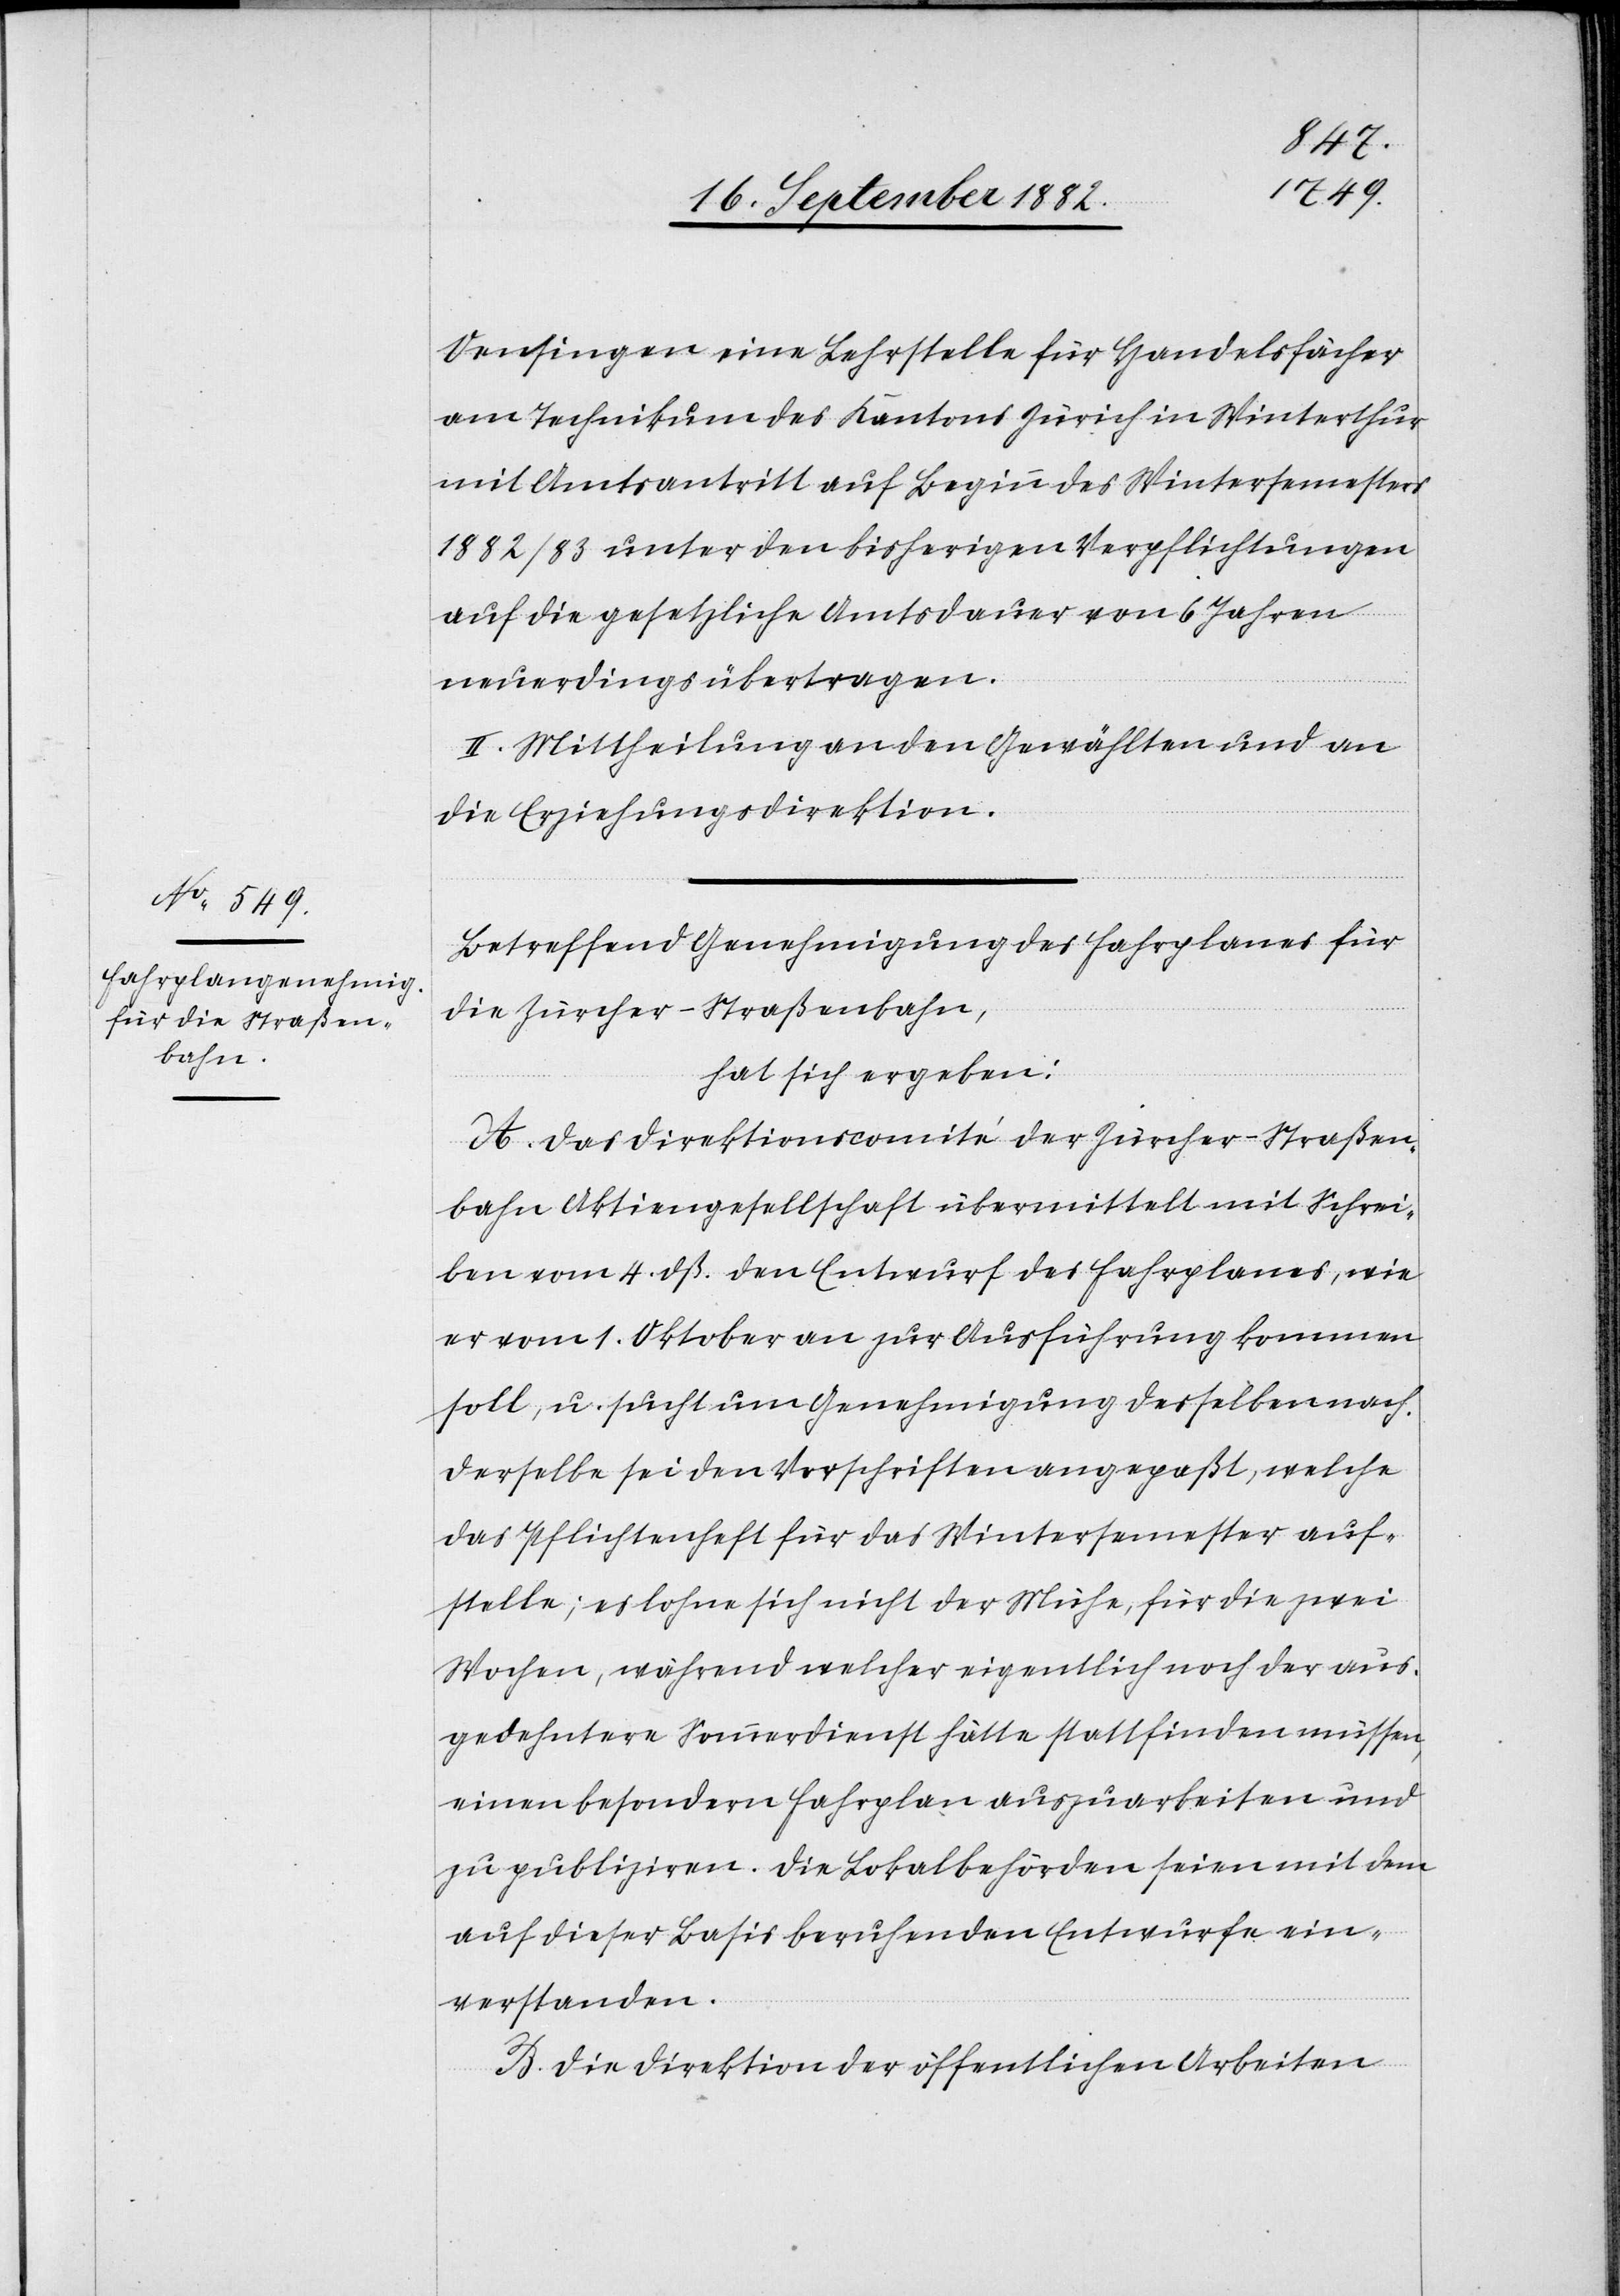
Oensingen eine Lehrstelle für Handelsfächer
am Technikum des Kantons Zürich in Winterthur
mit Amtsantritt auf Beginn des Wintersemesters
1882/83 unter den bisherigen Verpflichtungen
auf die gesetzliche Amtsdauer von 6 Jahren
neuerdings übertragen.
II. Mittheilung an den Gewählten und an
die Erziehungsdirektion.
Betreffend Genehmigung des Fahrplanes für
die Zürcher-Straßenbahn,
hat sich ergeben:
A. Das Direktionscomité der Zürcher-Straßen¬
bahn Aktiengesellschaft übermittelt mit Schrei¬
ben vom 4. dß. den Entwurf des Fahrplanes, wie
er vom 1. Oktober an zur Ausführung kommen
soll, u. sucht um Genehmigung desselben nach.
Derselbe sei den Vorschriften angepaßt, welche
das Pflichtenheft für das Wintersemester auf¬
stelle; es lohne sich nicht der Mühe, für die zwei
Wochen, während welcher eigentlich noch der aus¬
gedehntere Sommerdienst hätte stattfinden müssen,
einen besondern Fahrplan auszuarbeiten und
zu publiziren. Die Lokalbehörden seien mit dem
auf dieser Basis beruhenden Entwurfe ein¬
verstanden.
B. Die Direktion der öffentlichen Arbeiten